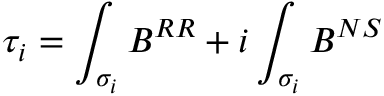
\tau _ { i } = \int _ { \sigma _ { i } } B ^ { R R } + i \int _ { \sigma _ { i } } B ^ { N S }